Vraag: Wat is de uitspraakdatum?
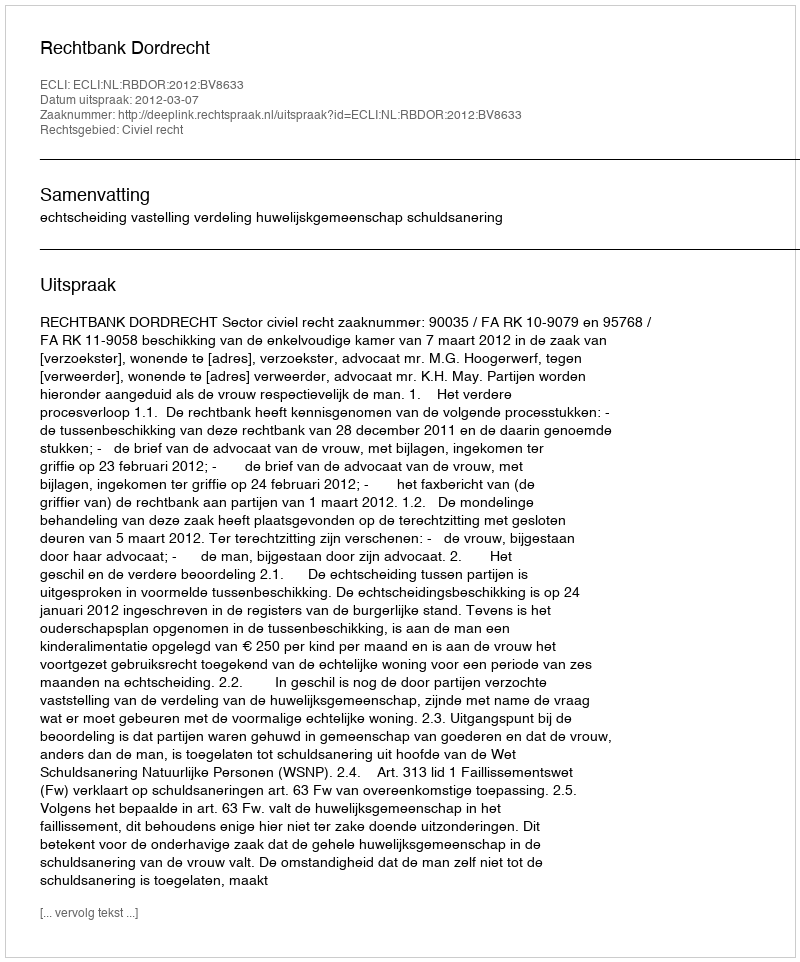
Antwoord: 2012-03-07